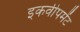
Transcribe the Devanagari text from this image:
इकवीपमेंट